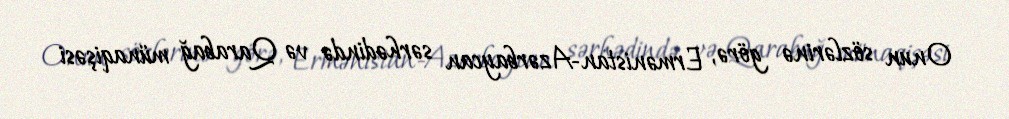
Onun sözlərinə görə, Ermənistan-Azərbaycan sərhədində və Qarabağ münaqişəsi